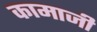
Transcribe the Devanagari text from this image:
कामाजी